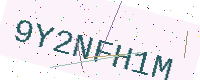
Text: 9Y2NFH1M